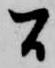
間